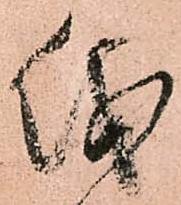
儀